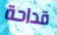
قداحة